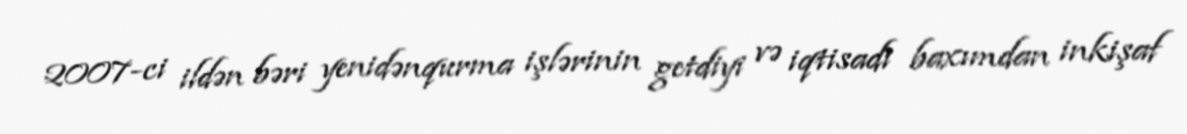
2007-ci ildən bəri yenidənqurma işlərinin getdiyi və iqtisadi baxımdan inkişaf